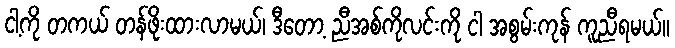
ငါ့ကို တကယ် တန်ဖိုးထားလာမယ်၊ ဒီတော့ ညီအစ်ကိုလင်းကို ငါ အစွမ်းကုန် ကူညီရမယ်။